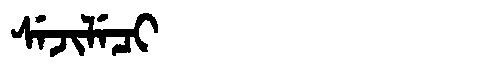
Manchu: ᠰᡝᠵᡳᠯᡝᠴᡳ
Romanization: SEJILECI